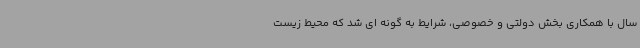
سال با همکاری بخش دولتی و خصوصی، شرایط به گونه ای شد که محیط زیست